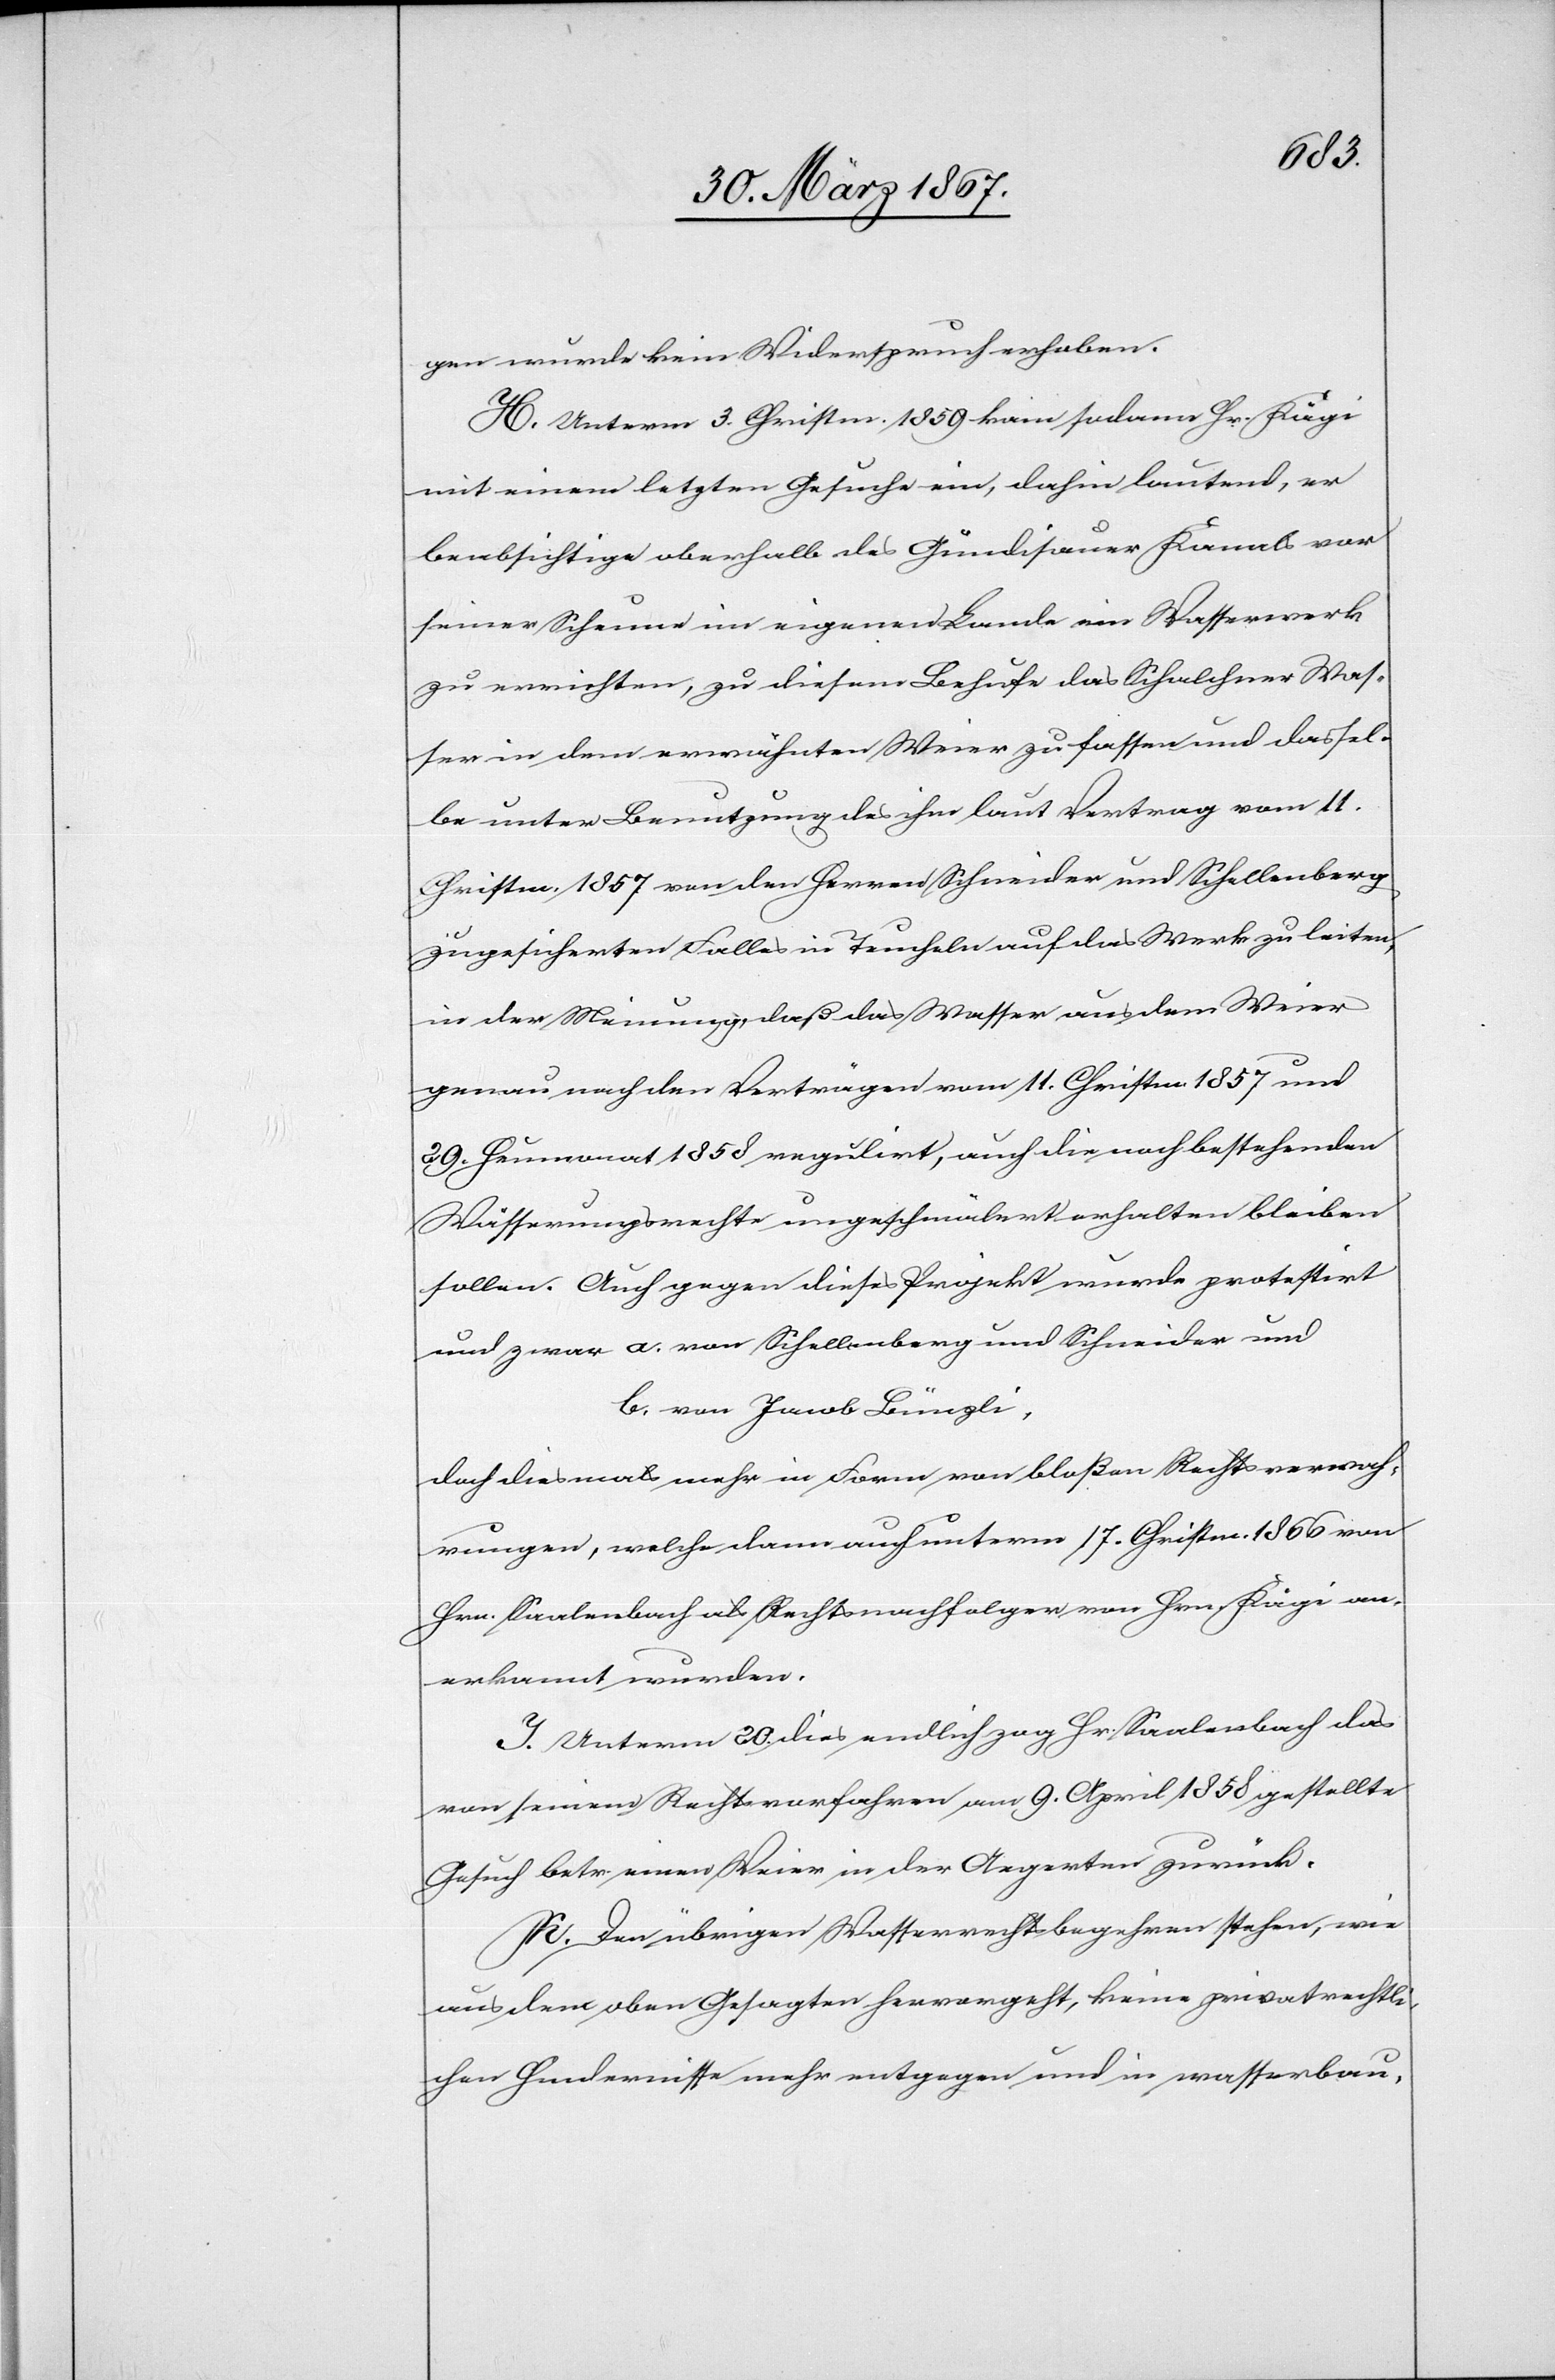
gen wurde kein Widerspruch erhoben.
H. Unterm 3. Christm. 1859 kam sodann Hr. Kägi
mit einem letzten Gesuche ein, dahin lautend, er
beabsichtige oberhalb des Gündisauer Kanals vor
seiner Scheune im eigenen Lande ein Wasserwerk
zu errichten, zu diesem Behufe das Schalchner Was¬
ser in dem erwähnten Weier zu fassen und dassel¬
be unter Benutzung des ihm laut Vertrag vom 11.
Christm. 1857 von den Herren Schneider und Schellenberg
zugesicherten Falles in Teucheln auf das Werk zu leiten,
in der Meinung, daß das Wasser aus dem Weier
genau nach den Verträgen vom 11. Christm. 1857 und
29. Heumonat 1858 regulirt, auch die nachbestehenden
Wässerungsrechte ungeschmälert erhalten bleiben
sollen. Auch gegen dieses Projekt wurde protestirt
und zwar 	a. von Schellenberg und Schneider und
b. von Jacob Bünzli,
doch diesmals mehr in Form von bloßen Rechtsverwah¬
rungen, welche dann auch unterm 17. Christm. 1866 von
Hrn. Saalenbach als Rechtsnachfolger von Hrn. Kägi an¬
erkannt wurden.
I. Unterm 20. dies endlich zog Hr. Saalenbach das
von seinem Rechtsvorfahren am 9. April 1858 gestellte
Gesuch betr. einen Weier in der Aegerten zurück.
K. Den übrigen Wasserrechtsbegehren stehen wie
aus dem oben Gesagten hervorgeht, keine privatrechtli¬
chen Hindernisse mehr entgegen und in wasserbau-